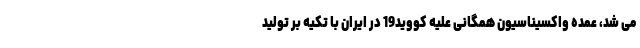
می شد، عمده واکسیناسیون همگانی علیه کووید19 در ایران با تکیه بر تولید